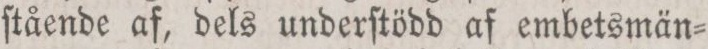
ſtående af, dels underſtödd af embetsmän=